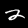
Digit: 2